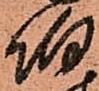
伯